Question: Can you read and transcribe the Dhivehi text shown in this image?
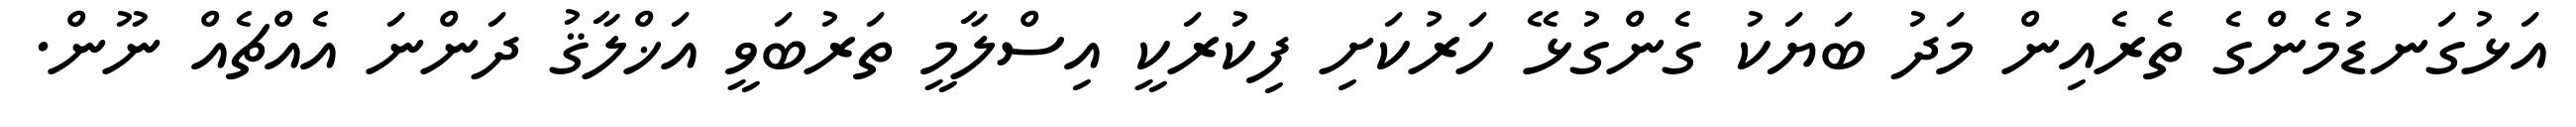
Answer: އަޅުގަނޑުމެންގެ ތެރެއިން މަދު ބަޔަކު ގެންގުޅޭ ހަރުކަށި ފިކުރަކީ އިސްލާމީ ތަރުބަވީ އަޚްލާޤު ދަންނަ އެއްޗެއް ނޫން.